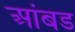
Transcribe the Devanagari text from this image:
आंबड